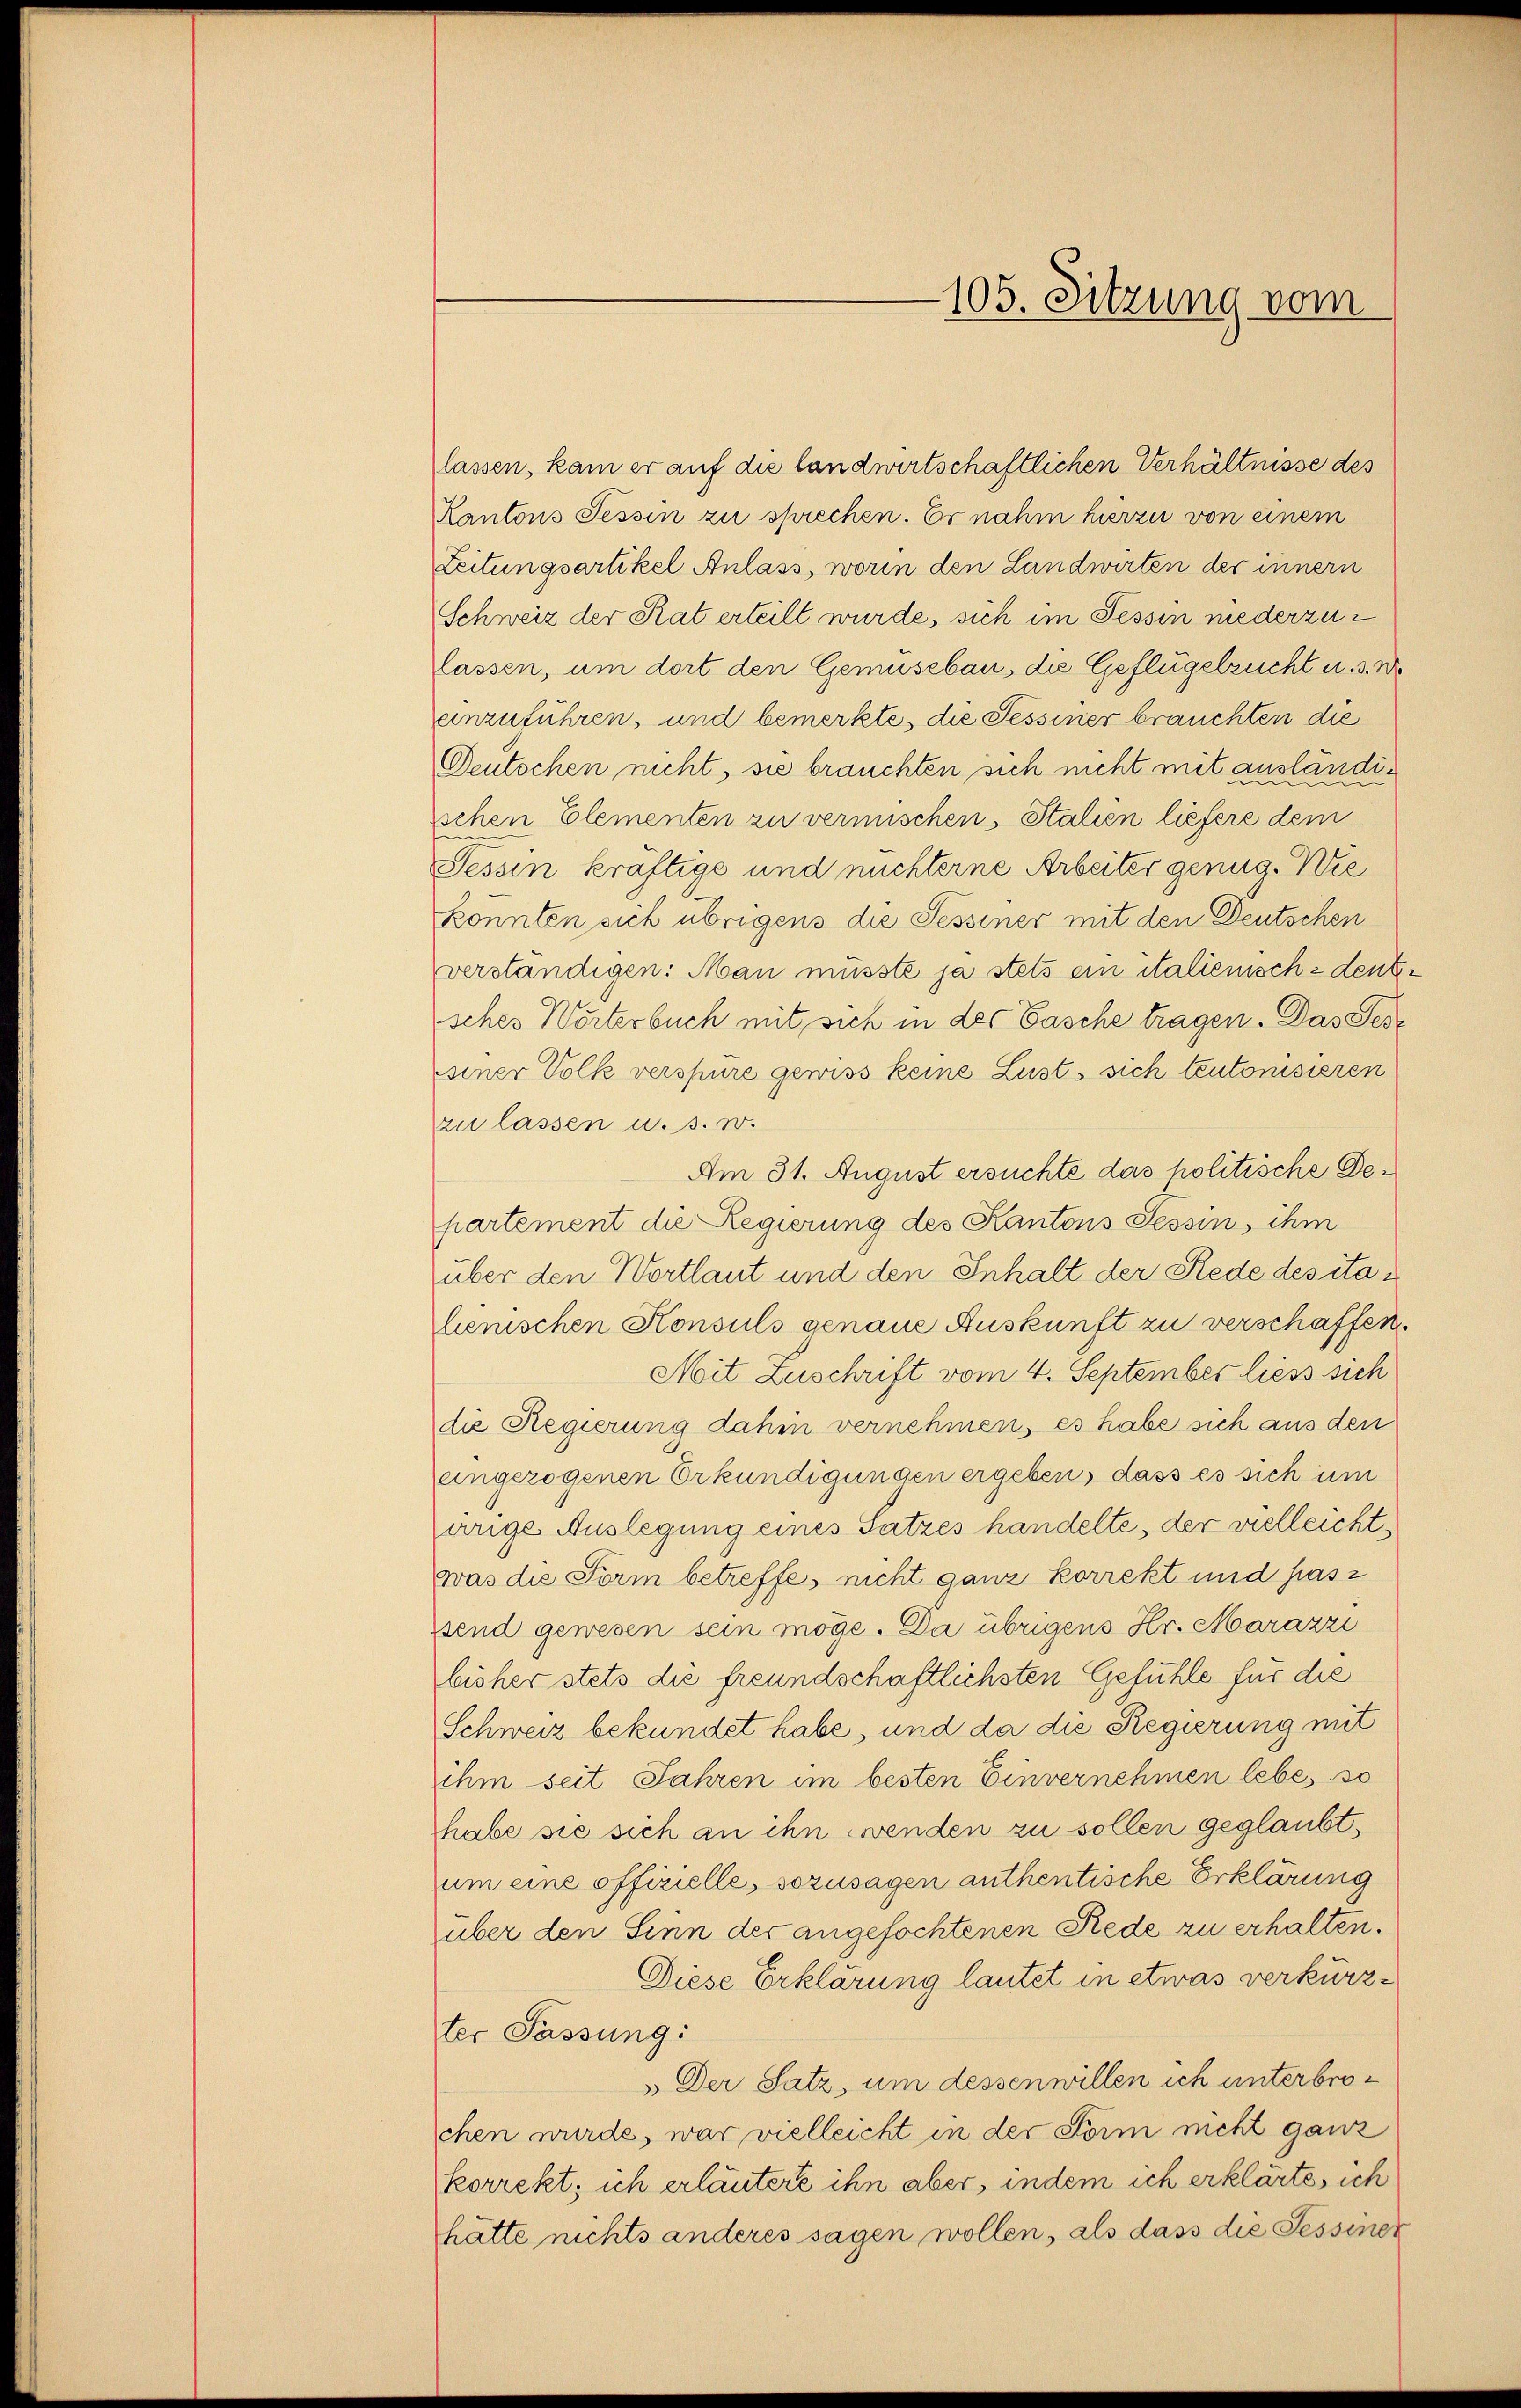
lassen, kam er auf die landwirtschaftlichen Verhältnisse des
Kantons Tessin zu sprechen. Er nahm hierzu von einem
Leitungsartikel Anlass, worin den Landwirten der innern
Schweiz der Rat erteilt wurde, sich im Tessin niederzulassen, um dort den Gemüsebau, die Geflügelzucht u. 3. Wo
einzuführen, und bemerkte, die Tessiner brauchten die
Deutschen nicht, sie brauchten sich nicht mit ausländeschen Elementen zu vermischen. Stalien liefere dem
Tessin kräftige und nichterne Arbeiter genug. Wie
könnten sich übrigens die Sessiner mit den Deutschen
verständigen: Man musste ja stets ein italienisch-deuter
sches Worterbuch mit sich in der Tasche tragen. Das Gesseiner Volk verspüre gewiss keine Lust, sich teutonisieren
zu lassen u. s. w.
Am 31. August ersuchte das politische Departement die Regierung des Kantons Tessin, ihm
über den Wortlaut und den Inhalt der Rede des italenischen Konsuls genaue Auskunft zu verschaffen.
Mit Zuschrift vom 4. September liess sich
die Regierung dahin vernehmen, es habe sich aus den
angezogenen Erkundigungen ergeben, dass es sich um
arige Auslegung eines Satzes handelte, der vielleicht,
was die Form betreffe, nicht ganz korrekt und has
send gewesen sein möge. Da übrigens Hr. Marazzi
bisher stets die freundschaftlichsten Gefühle für die
Schweiz bekundet habe, und da die Regierung mit
ihm seit Jahren im besten Einvernehmen lebe, so
habe sie sich an ihn wenden zu sollen geglaubt,
um eine offizielle, sozusagen authentische Erklärung
über den Sinn der angefochtenen Rede zu erhalten.
Diese Erklärung lautet in etwas verkürzter Fassung:
Der Satz, um dessen willen ich unterbrochen wurde, war vielleicht in der Form nicht ganz
korrekt; ich erläutere ihn aber, indem ich erklärte, ich
hätte nichts anderes sagen wollen, als dass die Sessinek

105. Sitzung vom